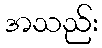
အသည်း